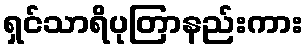
ရှင်သာရိပုတြာနည်းကား